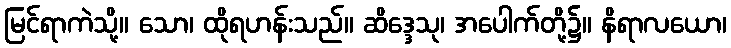
မြင်ရာကဲသို့။ သော၊ ထိုရဟန်းသည်။ ဆိဒ္ဒေသု၊ အပေါက်တို့၌။ နိရာလယော၊